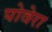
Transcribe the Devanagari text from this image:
पोवेरा